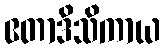
ဧတာဒိသိကာယ